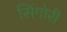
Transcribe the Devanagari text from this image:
सिंगोरी